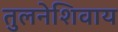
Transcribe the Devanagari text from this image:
तुलनेशिवाय